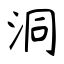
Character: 洞